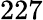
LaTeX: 227